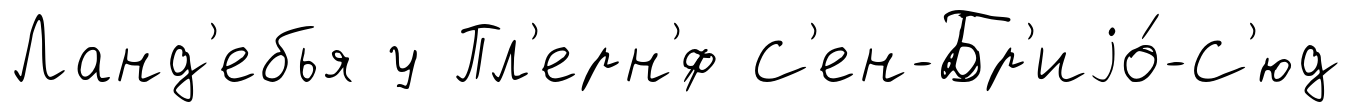
Ланд'ебья у Пл'ерн'́ф С'ен-Бр'иjо́-С'юд